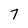
Character: 7